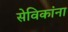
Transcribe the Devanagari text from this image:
सेविकांना